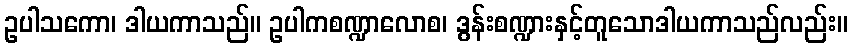
ဥပါသကော၊ ဒါယကာသည်။ ဥပါကစဏ္ဍာလောစ၊ ဒွန်းစဏ္ဍားနှင့်တူသောဒါယကာသည်လည်း။